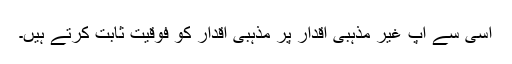
اسی سے آپ غیر مذہبی اقدار پر مذہبی اقدار کو فوقیت ثابت کرتے ہیں۔